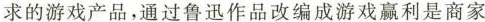
求的游戏产品，通过鲁迅作品改编成游戏赢利是商家